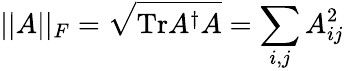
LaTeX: \vert\vert A\vert\vert_{F}=\sqrt{\mathrm{Tr}A^{\dagger}A}=\sum_{i,j}A_{ij}^{2}